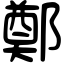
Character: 鄭